Sanitation, dispensaries and jails vaccination Rajputana 1922-1927 - 1922-1927
Year: 1922
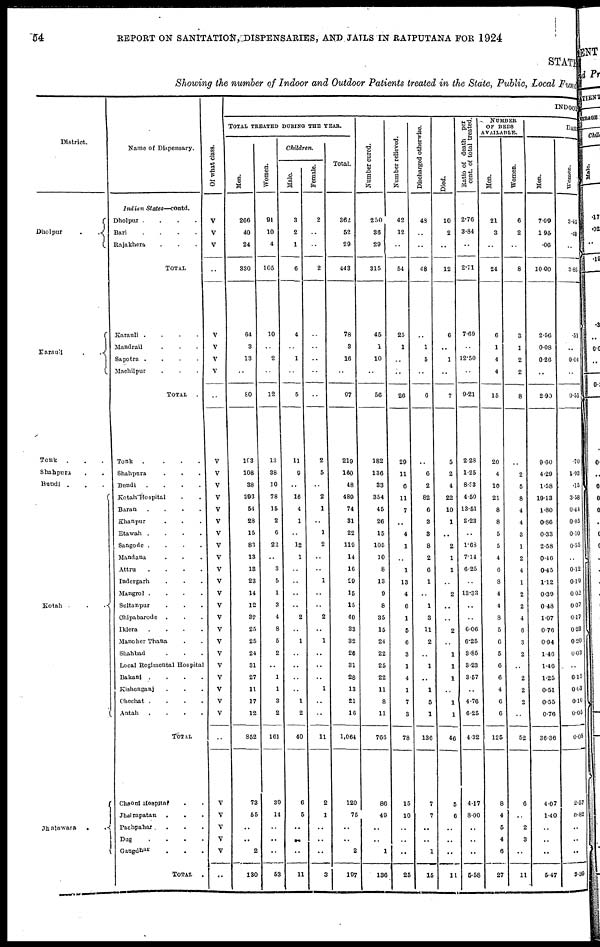
54
REPORT ON SANITATION, DISPENSARIES, AND JAILS IN RATPUTANA FOR 1924
STATE
Showing the number of Indoor and Outdoor Patients treated in the State, Public, Local Fund
District.
Dholpur
.
.
Karauli
.
.
Tonk
. . .
Shahpura
Bundi .
Kotah .
.
Jhalawara
.
.
Name of Dispensary.
Indian
States—contd.
Dholpur .
.
.
.
Bari
.
.
.
.
Rajakhera . . .
TOTAL .
Karauli .
.
.
.
Mandrail . . ..
Sapotra .
Machilpur . . .
TOTAL .
Tonk
.
.
.
.
Shahpura . .
Bundi
.
.
.
.
Kotah Hospital
Baran
.
.
.
.
Khanpur . . .
Etawah .
.
.
.
Sangode .
.
.
.
Mandana
Attru
.
.
.
.
Indergarh . . .
Mangrol .
.
.
.
Sultanpur . . .
Chipabarode
.
Iklera
.
.
.
.
Monoher Thana
Shahbad . . .
Local Regimental Hospital
Bakani
.
.
.
.
Kishenganj . . .
Chechat .
.
.
.
Antah
.
.
.
.
TOTAL
Chaoni Hospital . .
Jhalrapatan
.
. .
Pachpahar....
Dug
.
.
.
.
Gangdhar . . .
TOTAL
.
Of what class.
V
V
V
..
V
V
V
V
..
V
V
V
V
V
V
V
V
V
V
V
V
V
V
V
V
V
V
V
V
V
V
..
V
V
V
V
V
..
INDOOR
TOTAL TREATED DURING THE YEAR.
Men.
266
40
24
330
64
3
13
..
80
193
108
38
893
54
28
15
83
13
13
23
14
12
32
25
25
24
31
27
11
17
12
852
73
55
..
..
2
130
Women.
91
10
4
105
10
..
2
..
12
13
38
10
78
15
2
6
22
..
3
5
1
3
4
8
5
2
..
1
1
3
2
161
39
14
..
..
..
53
Children.
Male.
3
2
1
6
4
..
1
..
5
11
9
..
16
4
1
..
12
1
..
..
..
..
2
..
1
..
..
..
..
1
2
40
6
5
..
..
..
11
Female.
2
..
..
2
..
..
..
..
..
2
5
..
2
1
..
1
2
..
..
1
..
..
2
..
1
..
..
..
1
..
..
11
2
1
..
..
..
5
Total.
362
52
29
443
78
3
16
..
97
219
160
48
489
74
31
22
119
14
16
29
15
15
40
33
32
26
31
28
13
21
16
1,064
120
75
..
..
2
197
Number cured.
250
36
29
315
45
1
10
..
56
182
136
33
354
45
26
15
105
10
8
13
9
8
35
15
24
22
25
22
11
8
11
766
86
49
..
..
1
136
Number relieved.
42
12
..
54
25
1
..
..
26
29
11
6
11
7
..
4
1
..
1
13
4
6
1
5
6
3
1
4
1
7
3
78
15
10
..
..
..
25
Discharged otherwise.
48
..
..
48
..
1
5
..
6
..
6
2
82
6
3
3
8
2
6
1
..
1
3
11
2
..
1
..
1
5
1
136
7
7
..
..
1
15
Died.
10
2
..
12
6
..
1
..
7
5
2
4
22
10
1
..
2
1
1
..
2
..
..
2
..
1
1
1
..
1
1
46
5
6
..
..
..
11
Ratio of death per
cent. of total treated.
2.70
3.84
..
2.71
7.69
..
12.50
..
9.21
2.28
1.25
8.33
4.50
13.51
3.23
..
1.63
7.14
6.25
..
13.33
..
..
6.06
6.25
3.85
3.23
3.57
..
4.76
6.25
4.32
417
8.00
..
..
..
5.58
NUMBER
OF BEDS
AVAILABLE.
Men.
21
3
..
24
6
1
4
4
15
20
4
10
21
8
8
5
5
4
6
8
4
4
8
5
6
5
6
6
4
6
6
125
8
4
6
4
6
27
Women.
6
2
..
8
3
1
2
2
8
..
2
5
8
4
4
3
1
2
4
1
2
2
4
6
3
2
..
2
2
2
..
52
6
..
2
3
..
11
DAILY
Men.
7.99
1.95
.00
10.00
2.56
0.08
0.26
..
2.90
9.60
4.29
1.58
19.13
1.80
0.86
0.33
2.58
0.40
0.45
1.12
0.39
0.48
1.07
0.76
0.94
1.46
1.46
1.25
0.51
0.55
0.76
36.36
407
1.40
..
..
..
5.47
Women.
3.45
.40
..
3.85
.51
..
0.04
..
0.55
.70
1.93
.15
3.58
0.44
0.05
0.10
0.55
..
0.12
0.19
0.02
0.07
0.17
0.23
0.20
0.03
..
0.15
0.03
0.10
0.05
6.08
2.57
0.82
..
..
..
3.30